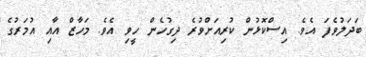
ބަދަލުވެފަ އެވެ. އިސްކޮޅުން ކުރިއަށްވުރެ ދިގުހެން ހީވި އެވެ. މަހާޒް އާއި އުމަރުގެ